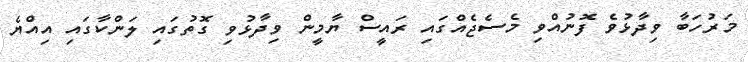
މަރުހަބާ ވިދާޅުވެ ފޮނުއްވި މެސެޖެއްގައި ރައީސް ޔާމީން ވިދާޅުވި ގޮތުގައި ލަންކާގައި އިއްޔެ